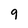
Character: 9